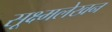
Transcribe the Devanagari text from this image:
सूक्ष्मलेखन